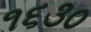
૧૬૩૦